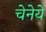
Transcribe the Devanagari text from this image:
चेनेये